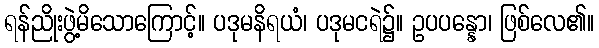
ရန်ညိုးဖွဲ့မိသောကြောင့်။ ပဒုမနိရယံ၊ ပဒုမငရဲ၌။ ဥပပန္နော၊ ဖြစ်လေ၏။